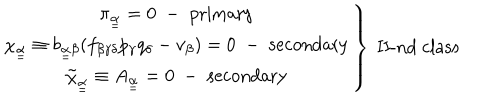
\left. \begin{array} { c c l } { { \pi _ { \underline { { { \underline { { { \alpha } } } } } } } = 0 \; - \; \mathrm { p r i m a r y } } } \\ { { \chi _ { \underline { { { \underline { { { \alpha } } } } } } } \equiv b _ { \underline { { { \underline { { { \alpha } } } } } } \beta } ( f _ { \beta \gamma \delta } p _ { \gamma } q _ { \delta } - v _ { \beta } ) = 0 \; - \; \mathrm { s e c o n d a r y } } } \\ { { \tilde { \chi } _ { \underline { { { \underline { { { \alpha } } } } } } } \equiv A _ { \underline { { { \underline { { { \alpha } } } } } } } = 0 \; - \; \mathrm { s e c o n d a r y } } } \\ \end{array} \right\} \; \mathrm { I I - n d ~ c l a s s }